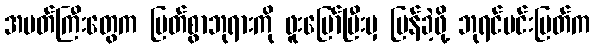
အမတ်ကြီးတွေက မြတ်စွာဘုရားကို ဖူးမြော်ပြီးမှ ပြန်ခဲ့ဖို့ ဘုရင်မင်းမြတ်က